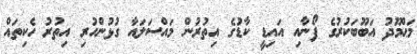
މަޙްމޫދު އަބޫބަކުރުގެ ފޯނާއި އައިޑީ ކާޑުގެ އިތުރުން މައްސަލައާ ގުޅުންހުރި އިތުރު ހެކިތައް